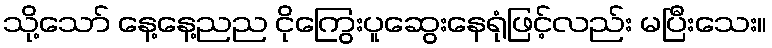
သို့သော် နေ့နေ့ညည ငိုကြွေးပူဆွေးနေရုံဖြင့်လည်း မပြီးသေး။